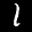
Label: 1